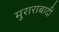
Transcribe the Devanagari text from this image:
मुराराबादी